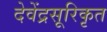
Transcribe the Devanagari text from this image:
देवेंद्रसूरिकृत